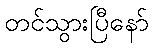
တင်သွားပြီနော်